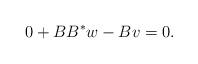
LaTeX: \begin{align*}0+BB^*w-Bv=0.\end{align*}